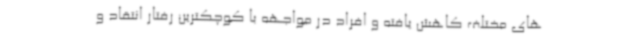
های مختلف کاهش یافته و افراد در مواجهه با کوچکترین رفتار انتقاد و